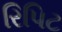
રિપિટ